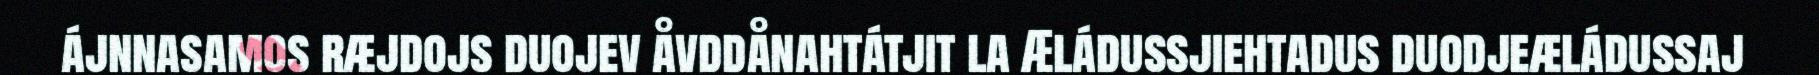
ájnnasamos ræjdojs duojev åvddånahtátjit la Æládussjiehtadus duodjeæládussaj